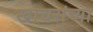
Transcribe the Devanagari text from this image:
खाचरांच्या